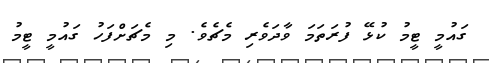
ގައުމީ ޓީމު ކުޅޭ ފުރަތަމަ ވާދަވެރި މެޗެވެ. މި މެޗަށްފަހު ގައުމީ ޓީމު